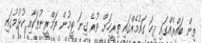
ތިން ބައްރެއްގައި ދިހަ ގައުމެއްގައި ތިރީހަށް ވުރެ ގިނަ ޓީމުން ތަމްރީނުތަކާއި ކުޅުމުގައި